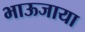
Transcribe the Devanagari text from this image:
भाऊजाया